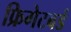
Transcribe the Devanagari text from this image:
फ्रिगेटबर्ड